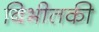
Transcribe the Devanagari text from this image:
बिभीतकी